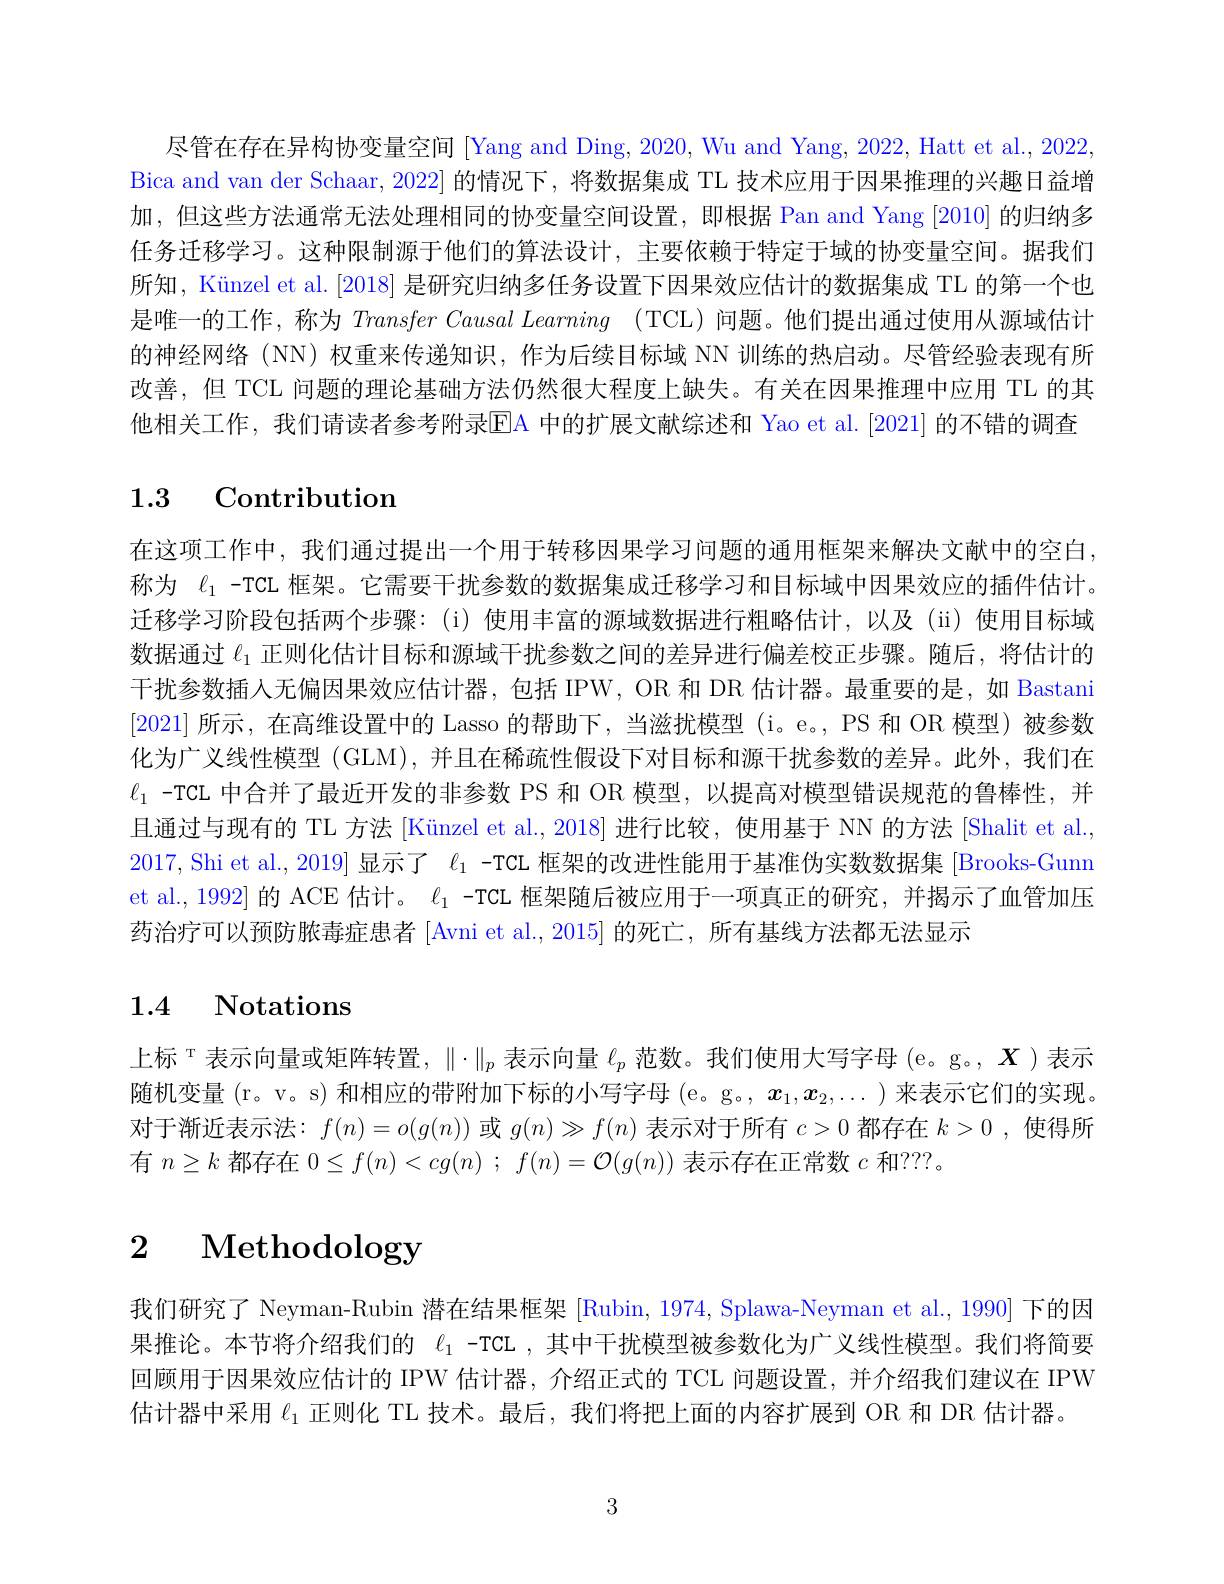
尽管在存在异构协变量空间 [Yang and Ding, 2020, Wu and Yang, 2022, Hatt et al., 2022 Bica and van der Schaar, 2022] 的情况下，将数据集成 TL 技术应用于因果推理的兴趣日益增加，但这些方法通常无法处理相同的协变量空间设置，即根据 Pan and Yang [2010] 的归纳多任务迁移学习。这种限制源于他们的算法设计，主要依赖于特定于域的协变量空间。据我们所知，Künzel et al.[2018] 是研究归纳多任务设置下因果效应估计的数据集成 TL 的第一个也是唯一的工作，称为 Transfer Causal Learning (TCL) 问题。他们提出通过使用从源域估计的神经网络(NN)权重来传递知识，作为后续目标域 NN 训练的热启动。尽管经验表现有所改善，但 TCL 问题的理论基础方法仍然很大程度上缺失。有关在因果推理中应用 TL 的其他相关工作，我们请读者参考附录$\boxed{\mathrm{EA}}$ 中的扩展文献综述和 Yao et al.[2021] 的不错的调查

# 1.3 Contribution

在这项工作中，我们通过提出一个用于转移因果学习问题的通用框架来解决文献中的空白， 称为$\ell_{1}$ -TCL 框架。它需要干扰参数的数据集成迁移学习和目标域中因果效应的插件估计。迁移学习阶段包括两个步骤：(i) 使用丰富的源域数据进行粗略估计，以及 (ii) 使用目标域数据通过$\ell_{1}$正则化估计目标和源域干扰参数之间的差异进行偏差校正步骤。随后，将估计的干扰参数插人无偏因果效应估计器，包括 IPW, OR 和 DR 估计器。最重要的是，如 Bastani [2021]所示，在高维设置中的 Lasso 的帮助下，当滋扰模型 (i。e。,PS 和 OR 模型)被参数化为广义线性模型 (GLM), 并且在稀疏性假设下对目标和源干扰参数的差异。此外，我们在$\ell_1$ -TCL 中合并了最近开发的非参数 PS 和 OR 模型，以提高对模型错误规范的鲁棒性，并且通过与现有的 TL 方法 [Künzel et al., 2018] 进行比较，使用基于 NN 的方法 [Shalit et al., 2017, Shi et al., 2019] 显示了$\ell_{1}$ -TCL 框架的改进性能用于基准伪实数数据集 [Brooks-Gunn et al., 1992] 的 ACE 估计。$\ell_{1}$ -TCL 框架随后被应用于一项真正的研究，并揭示了血管加压药治疗可以预防脓毒症患者 [Avni et al.,2015] 的死亡，所有基线方法都无法显示

# 1.4 Notations

上标 т 表示向量或矩阵转置，$\|\cdot\|_p$表示向量$\ell_p$范数。我们使用大写字母 (e。g。, $X$ )表示随机变量 (r。v。s) 和相应的带附加下标的小写字母 (e。g。, $x_1,x_2,\ldots)$来表示它们的实现。对于渐近表示法：$f(n)=o(g(n))$或$g(n)\gg f(n)$表示对于所有$c>0$都存在$k>0$ ,使得所有$n\geq k$都存在$0\leq f(n)<cg(n)$ ; $f(n)=\mathcal{O}(g(n))$表示存在正常数$c$和？??。

# $\begin{array}{ccc}2&\text{ Methodology}\end{array}$

我们研究了 Neyman-Rubin 潜在结果框架 [Rubin, 1974, Splawa-Neyman et al., 1990] 下的因果推论。本节将介绍我们的$\ell_1$ -TCL ,其中干扰模型被参数化为广义线性模型。我们将简要回顾用于因果效应估计的 IPW 估计器，介绍正式的 TCL 问题设置，并介绍我们建议在 IPW 估计器中采用$\ell_{1}$正则化 TL 技术。最后，我们将把上面的内容扩展到 OR 和 DR 估计器。

3